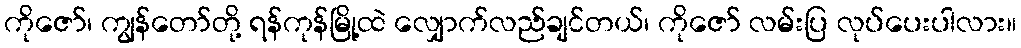
ကိုဇော်၊ ကျွန်တော်တို့ ရန်ကုန်မြို့ထဲ လျှောက်လည်ချင်တယ်၊ ကိုဇော် လမ်းပြ လုပ်ပေးပါလား။